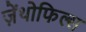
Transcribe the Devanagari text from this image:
ज़ेंथोफिल्स